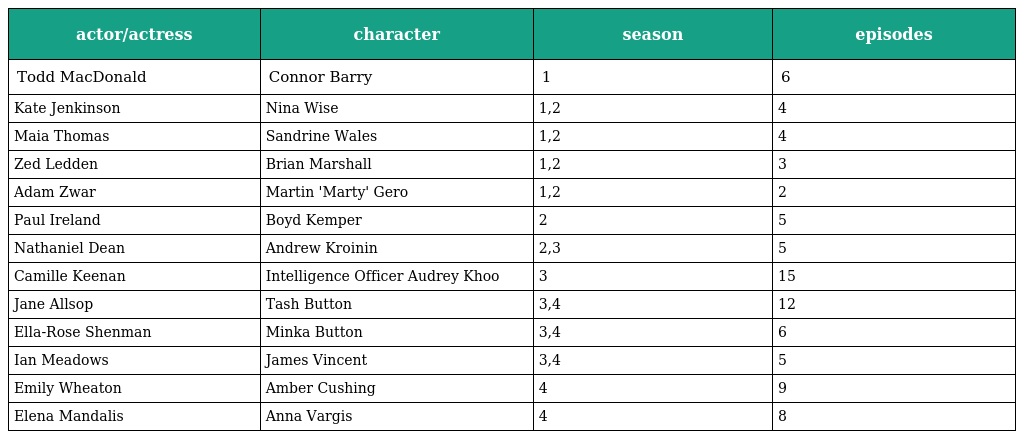
| actor/actress | character | season | episodes |
 | --- | --- | --- | --- |
 | Todd MacDonald | Connor Barry | 1 | 6 |
 | Kate Jenkinson | Nina Wise | 1,2 | 4 |
 | Maia Thomas | Sandrine Wales | 1,2 | 4 |
 | Zed Ledden | Brian Marshall | 1,2 | 3 |
 | Adam Zwar | Martin 'Marty' Gero | 1,2 | 2 |
 | Paul Ireland | Boyd Kemper | 2 | 5 |
 | Nathaniel Dean | Andrew Kroinin | 2,3 | 5 |
 | Camille Keenan | Intelligence Officer Audrey Khoo | 3 | 15 |
 | Jane Allsop | Tash Button | 3,4 | 12 |
 | Ella-Rose Shenman | Minka Button | 3,4 | 6 |
 | Ian Meadows | James Vincent | 3,4 | 5 |
 | Emily Wheaton | Amber Cushing | 4 | 9 |
 | Elena Mandalis | Anna Vargis | 4 | 8 |